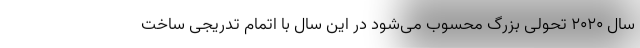
سال ۲۰۲۰ تحولی بزرگ محسوب می‌شود در این سال با اتمام تدریجی ساخت